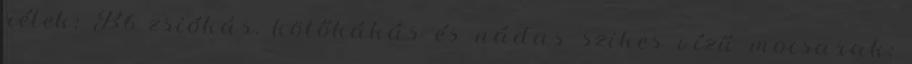
rétek; B6 zsiókás, kötőkákás és nádas szikes vízű mocsarak;